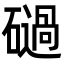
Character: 𥖤